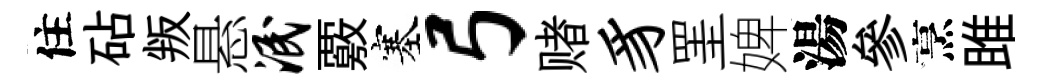
住砧叛悬泯覈塞弓赌豸罣婢湯參烹雎